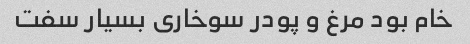
خام بود مرغ و پودر سوخاری بسیار سفت